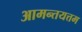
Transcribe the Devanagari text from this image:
आमन्तयत्तम